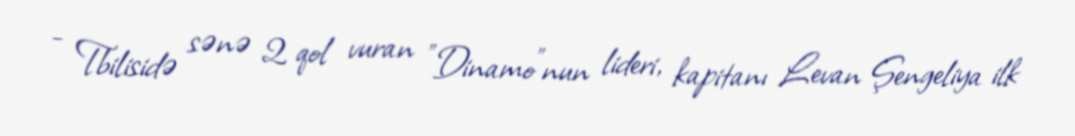
- Tbilisidə sənə 2 qol vuran "Dinamo"nun lideri, kapitanı Levan Şengeliya ilk